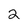
Character: 2